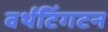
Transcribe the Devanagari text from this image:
वर्थटिंगटन